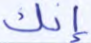
إنك